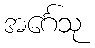
အင်္ဂေသု